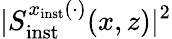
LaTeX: \vert S_{\mathrm{inst}}^{x_{\mathrm{inst}}(\cdot)}(x,z)\vert^{2}